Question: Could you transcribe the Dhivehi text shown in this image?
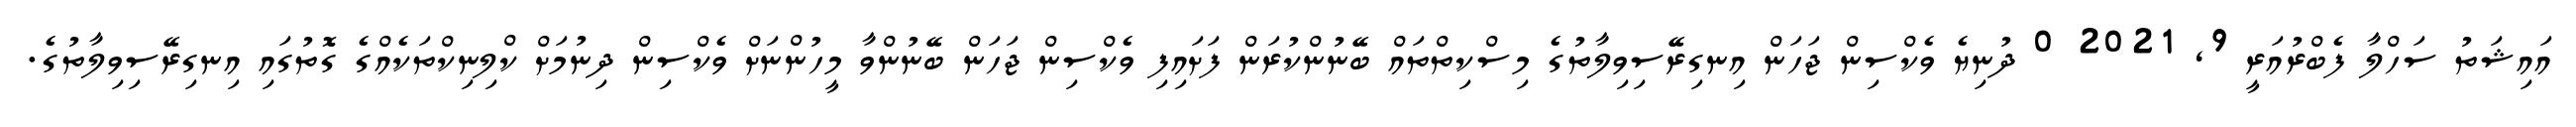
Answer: އައިޝަތު ސަހްލާ ފެބްރުއަރީ 9, 2021 0 ދުނިޔެ ވެކްސިން ޖަހަން އިނގިރޭސިވިލާތުގެ މިސްކިތްތައް ބޭނުންކުރަން ފަށައިފި ވެކްސިން ޖަހަން ބޭނުންވާ މީހުންނަށް ވެކްސިން ދިނުމަށް ކްލިނިކްތަކެއްގެ ގޮތުގައި އިނގިރޭސިވިލާތުގެ.